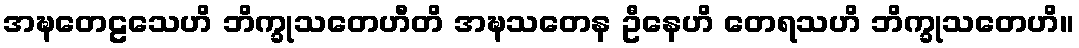
အဍ္ဎတေဠသေဟိ ဘိက္ခုသတေဟီတိ အဍ္ဎသတေန ဦနေဟိ တေရသဟိ ဘိက္ခုသတေဟိ။